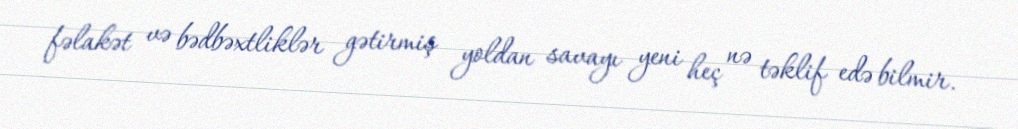
fəlakət və bədbəxtliklər gətirmiş yoldan savayı yeni heç nə təklif edə bilmir.